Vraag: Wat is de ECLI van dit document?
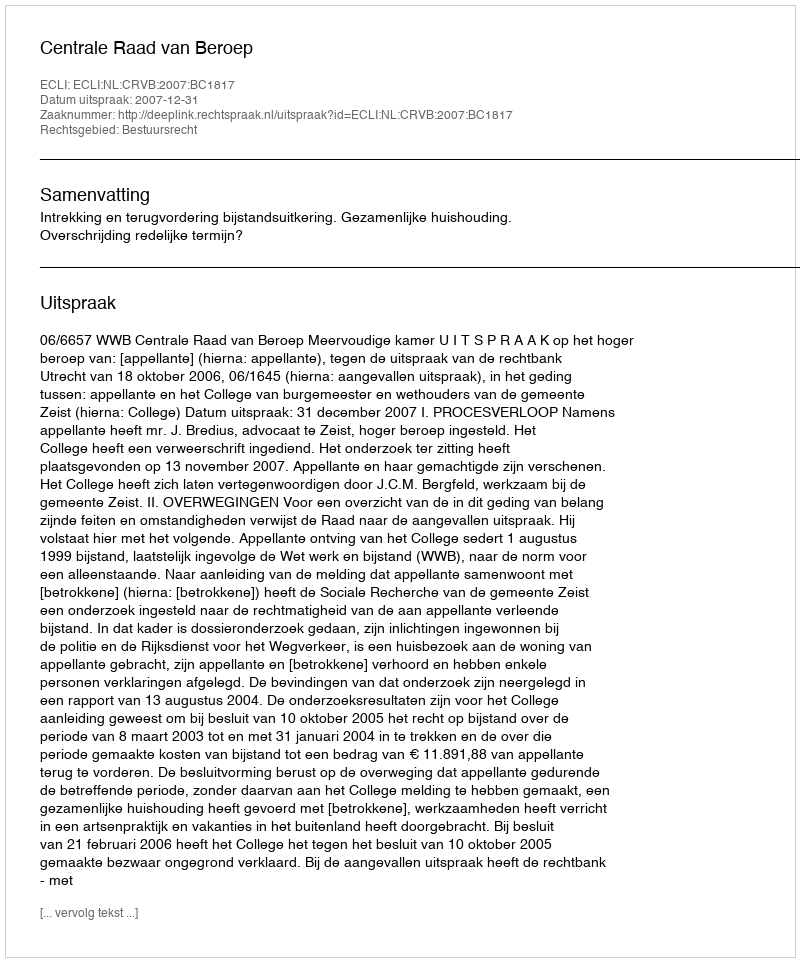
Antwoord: ECLI:NL:CRVB:2007:BC1817